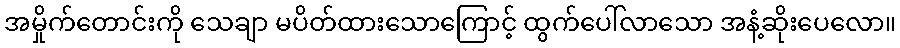
အမှိုက်တောင်းကို သေချာ မပိတ်ထားသောကြောင့် ထွက်ပေါ်လာသော အနံ့ဆိုးပေလော။